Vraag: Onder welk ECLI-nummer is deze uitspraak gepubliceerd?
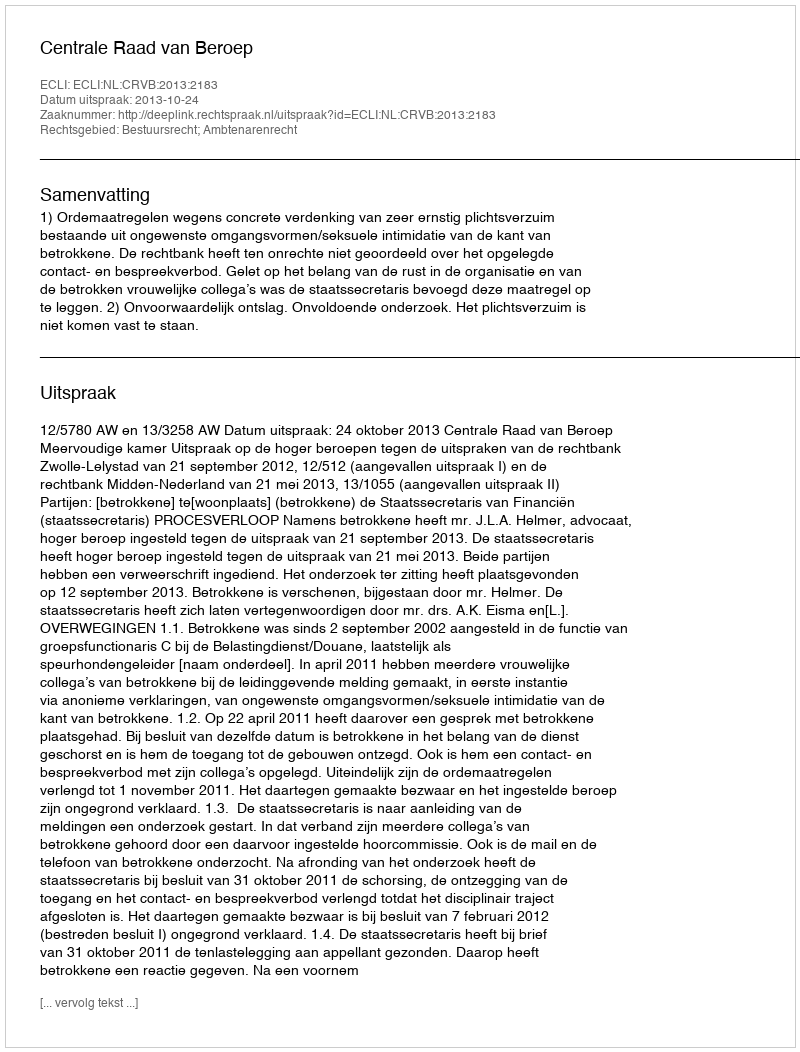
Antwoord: ECLI:NL:CRVB:2013:2183